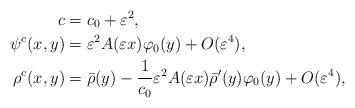
LaTeX: \begin{align*} c &= c_0 + \varepsilon^2,\\ \psi^c(x,y) &= \varepsilon^2 A(\varepsilon x)\varphi_0(y) + O(\varepsilon^4),\\ \rho^c(x,y) &= \bar{\rho}(y) - \frac{1}{c_0} \varepsilon^2 A(\varepsilon x) \bar{\rho}'(y) \varphi_0(y) + O(\varepsilon^4),\end{align*}